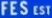
FES_EST